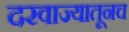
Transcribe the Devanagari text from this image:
दरवाज्यातूनच